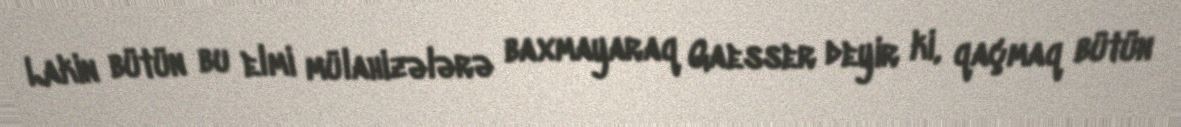
Lakin bütün bu elmi mülahizələrə baxmayaraq Gaesser deyir ki, qaçmaq bütün